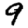
Digit: 9